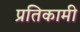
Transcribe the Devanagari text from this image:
प्रतिकामी